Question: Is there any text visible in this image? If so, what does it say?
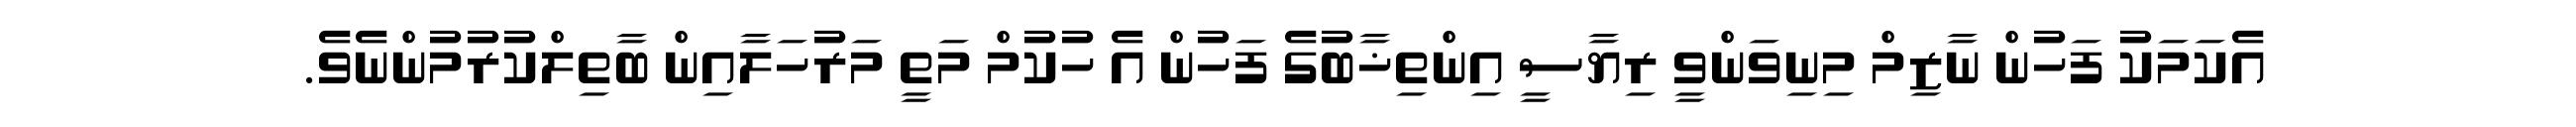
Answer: އެކަމަކު ފަހުން ނާޒިމް މިނިވަންވީ ރިޔާސީ އިންތިޚާބުގެ ފަހުން އެ ހުކުމް މަތީ މަރުހަލާއިން ބާތިލްކުރުމުންނެވެ.